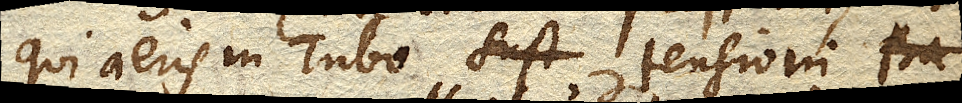
qui aeris in Tubo tensioni